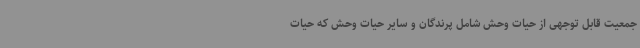
جمعیت قابل توجهی از حیات وحش شامل پرندگان و سایر حیات وحش که حیات